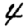
Digit: 4